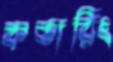
কভারিং